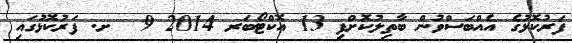
ފަރުކޮޅުގެ އެއްބަސްވުން ބާތިލުކޮށްފި 13 އޮކްޓޯބަރ 2014 9  ށ. ފަރުކޮޅުގައި